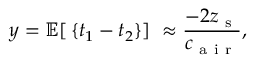
y = \mathbb { E } [ \, \{ t _ { 1 } - t _ { 2 } \} ] \ \approx \frac { - 2 z _ { \mathrm { ~ s ~ } } } { c _ { \mathrm { ~ a ~ i ~ r ~ } } } ,